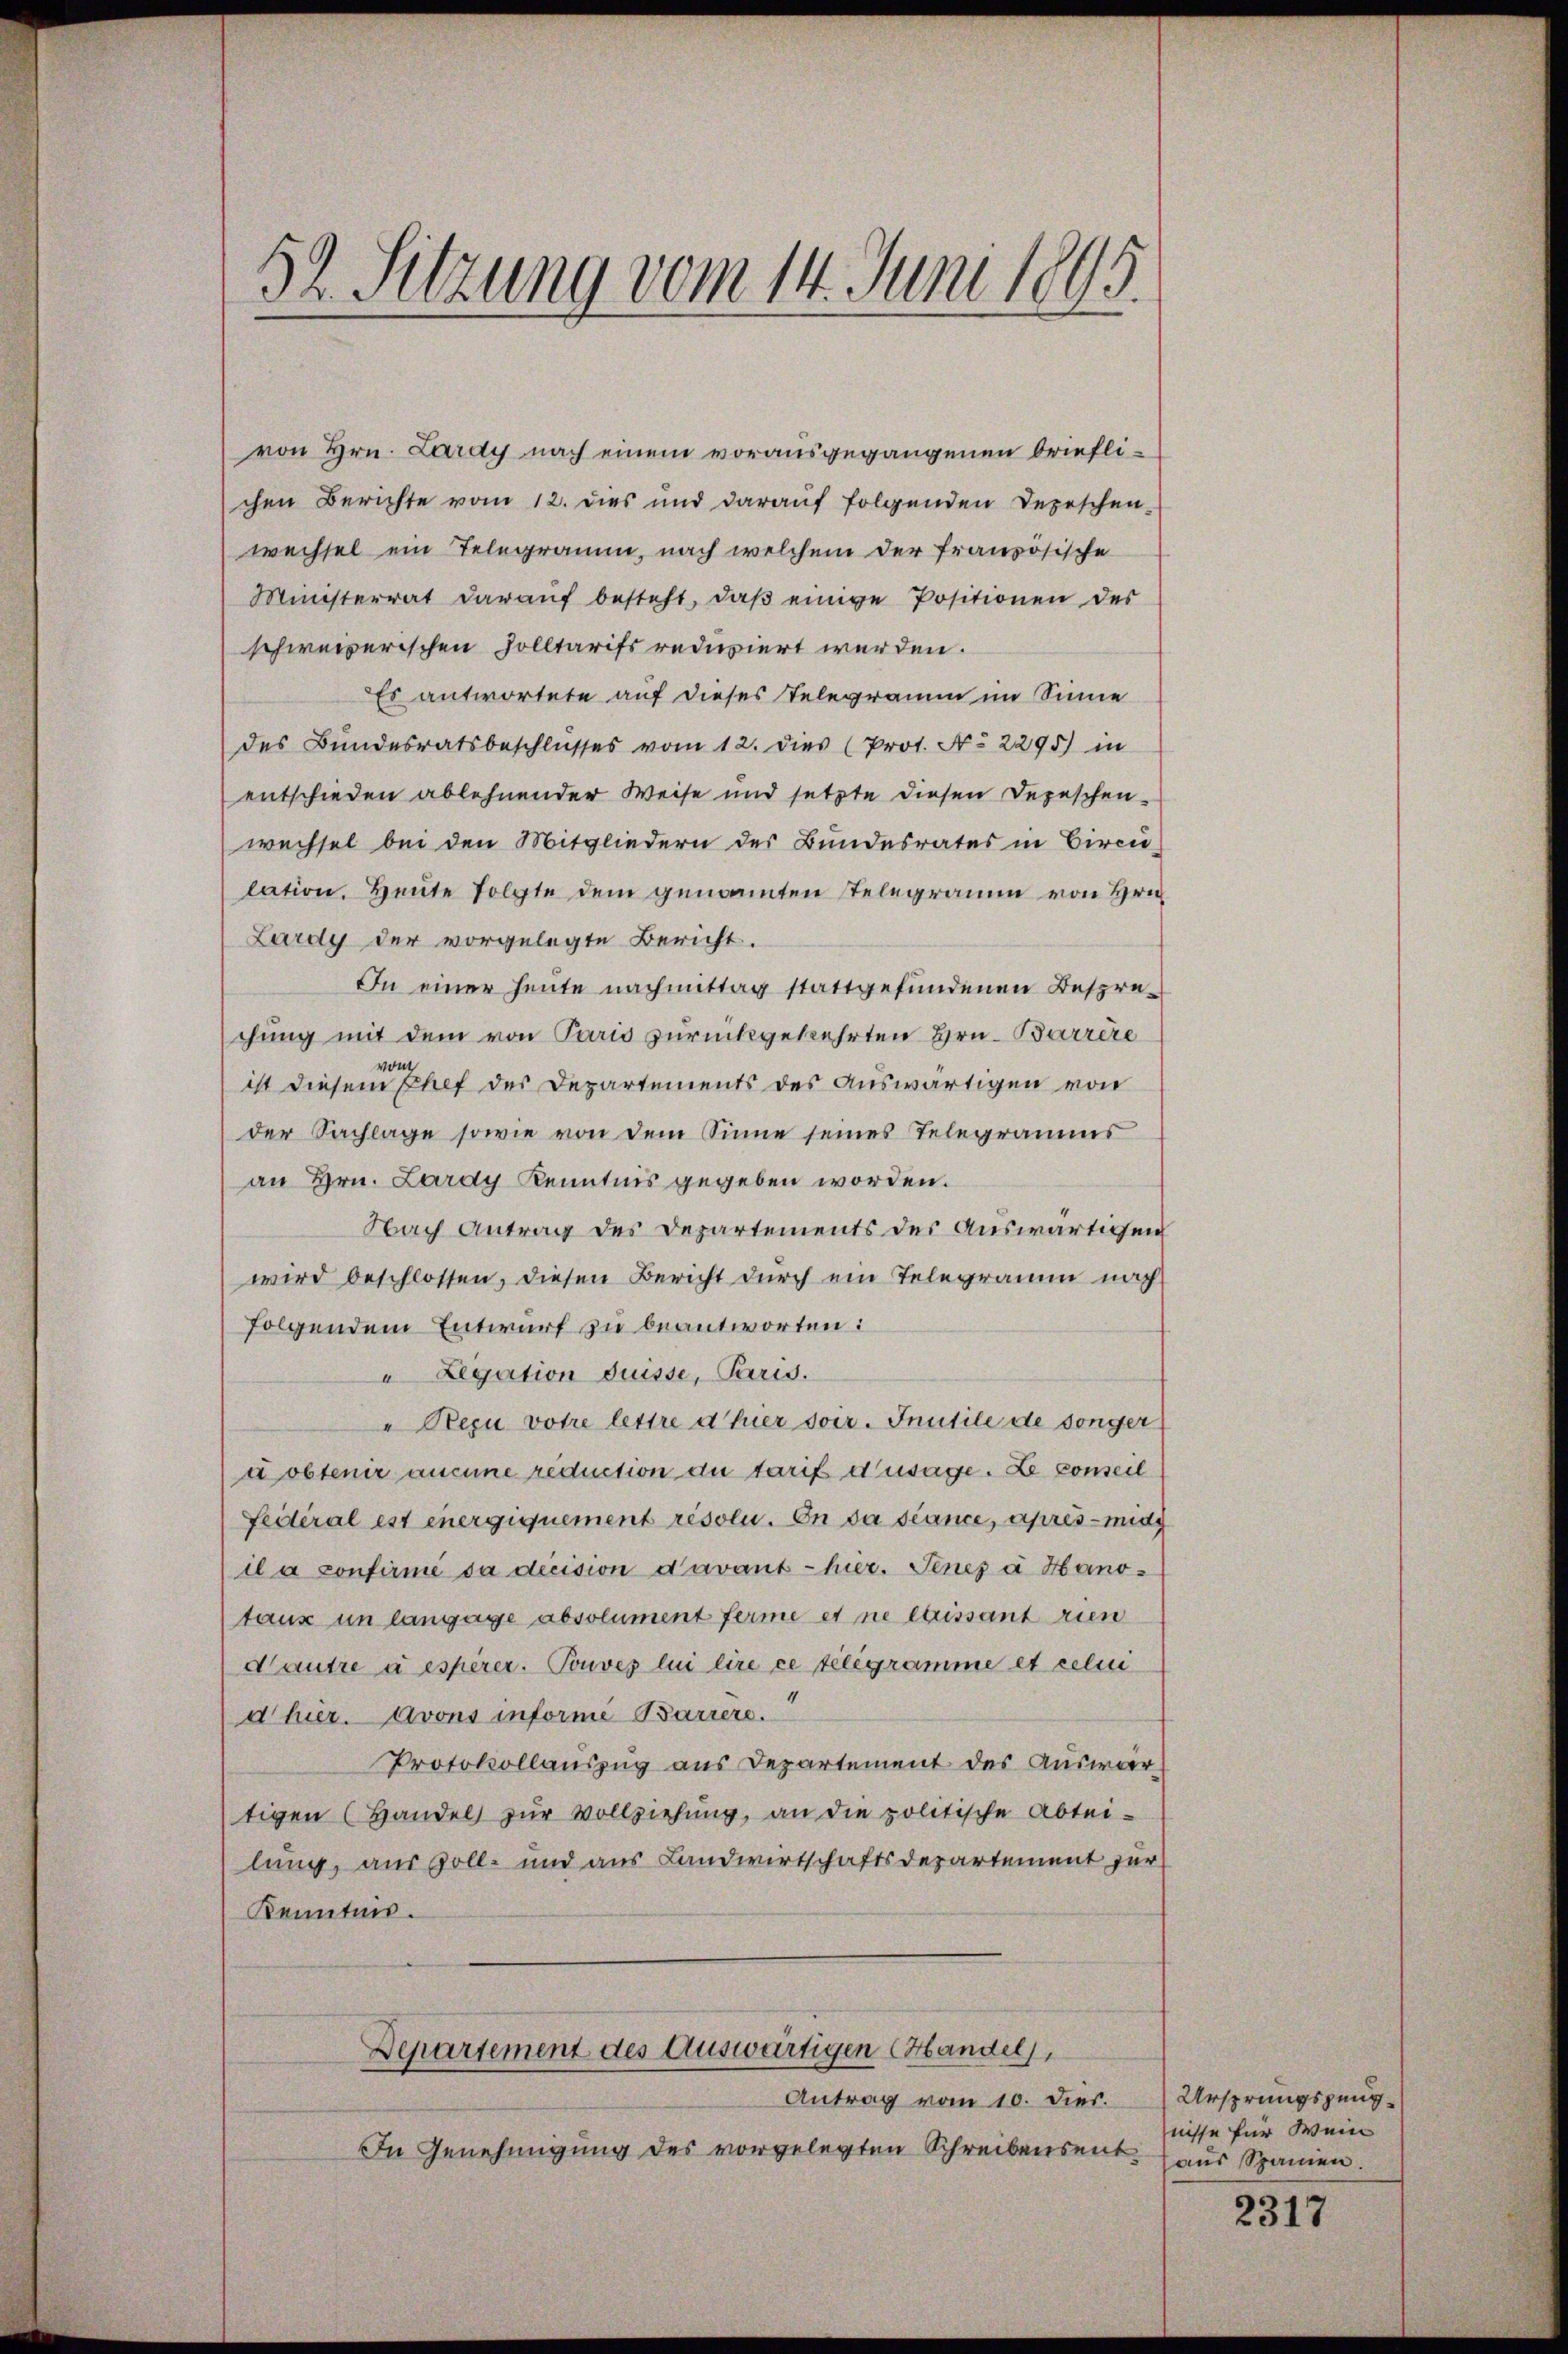
52. Sitzung vom 14. Juni 1895.

von Hrn. Lardy nach einem vorausgegangenen brieflichen Berichte vom 12. dies und darauf folgenden Depeschen.
wechsel ein Telegramm, nach welchem der französische
Ministerrat darauf besteht, daβ einige Positionen des
schweizerischen Solltarifs reduziert werden.
Es antwortete auf dieses Telegramm im Sinne
des Bundesratsbeschlusses vom 12. dies (Prot. No 2295) in
entschieden ablehnender Weise und setzte diesen Depeschen
wechsel bei den Mitgliedern des Bundesrates in Birci-
lation. Heute folgte dem genannten Telegramm von Hrn.
Lardy der vorgelegte Bericht.
In einer heute nachmittag stattgefundenen Bespre-
chung mit dem von Paris zurückgekehrten Hrn. Barrire
ist diesem Phef des Departements des auswärtigen von
der Sachlage sowie von dem Sinne seines Telegramms
an Hrn. Lardy Kenntnis gegeben worden.
Nach Antrag des Departements des Auswärtigen
wird beschlossen, diesen Bericht durch ein Telegramm nach
folgendem Entwurf zu beantworten:
 Legation drüsse, Paris.
" Nezu votre lettre d Euer soir. Inutile de songer
dobtenir aucune reduction du tarif d’usage. Le conseil
Feiteral est energiquement résolu. In da scance, après - mitg
il a confirmé sa decision davant hier. Jenes à Hanotaux im langage absolument ferme et ne laissant rien
Mautre à espèrer. Touves lui lire ce telegramme et celui
d hier. Avons informe Barrer.
Protokollauszug aus Departement des Auswartigen (Handel zur Vollziehung, an die politische Abtei-
lung, aus soll- und aus Landwirtschaftsdepartement zur
Kenntnis.
Departement des Auswärtigen Handel,
Antrag vom 10. dies. Ursprungspung¬
In Genehmigung des vorgelegten Schreibensent¬

nisse für Wein
aus Spanien.

2317